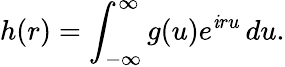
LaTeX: h(r)=\int_{-\infty}^{\infty}g(u)e^{\mathit{i}ru}\, du.